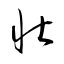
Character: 壮